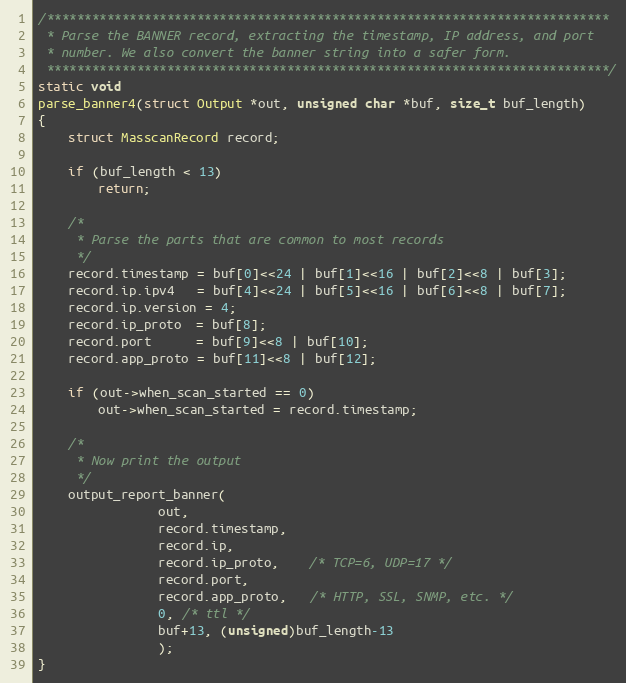
Language: C
/***************************************************************************
 * Parse the BANNER record, extracting the timestamp, IP address, and port
 * number. We also convert the banner string into a safer form.
 ***************************************************************************/
static void
parse_banner4(struct Output *out, unsigned char *buf, size_t buf_length)
{
    struct MasscanRecord record;

    if (buf_length < 13)
        return;

    /*
     * Parse the parts that are common to most records
     */
    record.timestamp = buf[0]<<24 | buf[1]<<16 | buf[2]<<8 | buf[3];
    record.ip.ipv4   = buf[4]<<24 | buf[5]<<16 | buf[6]<<8 | buf[7];
    record.ip.version = 4;
    record.ip_proto  = buf[8];
    record.port      = buf[9]<<8 | buf[10];
    record.app_proto = buf[11]<<8 | buf[12];

    if (out->when_scan_started == 0)
        out->when_scan_started = record.timestamp;

    /*
     * Now print the output
     */
    output_report_banner(
                out,
                record.timestamp,
                record.ip,
                record.ip_proto,    /* TCP=6, UDP=17 */
                record.port,
                record.app_proto,   /* HTTP, SSL, SNMP, etc. */
                0, /* ttl */
                buf+13, (unsigned)buf_length-13
                );
}